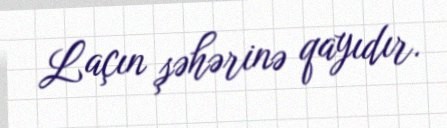
Laçın şəhərinə qayıdır.